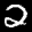
Label: 2